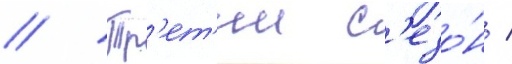
// Тр'ет'ии с'езо́н /